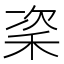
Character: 秶